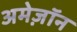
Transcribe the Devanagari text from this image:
अमेज़ॉन